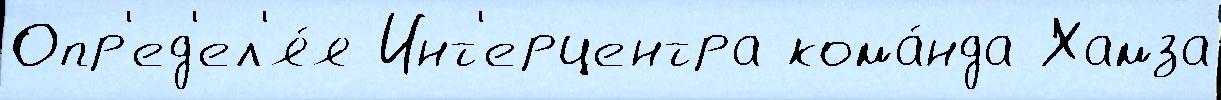
Опр'ед'ел'я́я Инт'ерцентра кома́нда Хамза